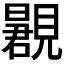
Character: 𬢂